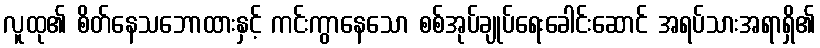
လူထု၏ စိတ်နေသဘောထားနှင့် ကင်းကွာနေသော စစ်အုပ်ချုပ်ရေးခေါင်းဆောင် အရပ်သားအရာရှိ၏